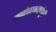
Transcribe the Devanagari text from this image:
मनोकामनाएंपूरी